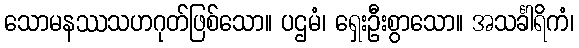
သောမနဿသဟဂုတ်ဖြစ်သော။ ပဌမံ၊ ရှေးဦးစွာသော။ အသင်္ခါရိကံ၊